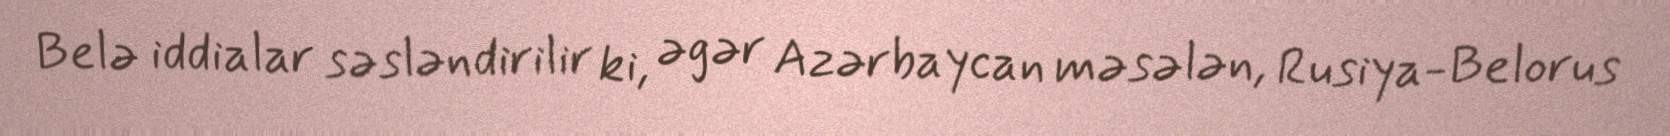
Belə iddialar səsləndirilir ki, əgər Azərbaycan məsələn, Rusiya-Belorus